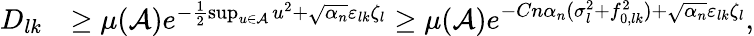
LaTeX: \begin{array}{rl}{D_{lk}}&{\geq\mu(\mathcal{A})e^{-\frac{1}{2}\operatorname*{sup}_{u\in\mathcal{A}}u^{2}+\sqrt{\alpha_{n}}\varepsilon_{lk}\zeta_{l}}\geq\mu(\mathcal{A})e^{-Cn\alpha_{n}(\sigma_{l}^{2}+f_{0,lk}^{2})+\sqrt{\alpha_{n}}\varepsilon_{lk}\zeta_{l}},}\end{array}